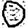
Digit: 0